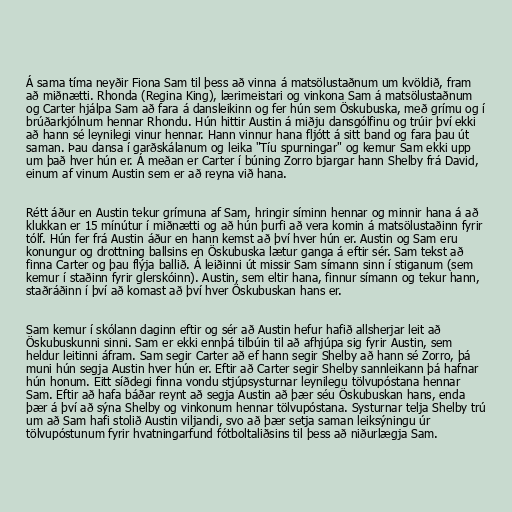
Á sama tíma neyðir Fiona Sam til þess að vinna á matsölustaðnum um kvöldið, fram
að miðnætti. Rhonda (Regina King), lærimeistari og vinkona Sam á matsölustaðnum
og Carter hjálpa Sam að fara á dansleikinn og fer hún sem Öskubuska, með grímu og í
brúðarkjólnum hennar Rhondu. Hún hittir Austin á miðju dansgólfinu og trúir því ekki
að hann sé leynilegi vinur hennar. Hann vinnur hana fljótt á sitt band og fara þau út
saman. Þau dansa í garðskálanum og leika "Tíu spurningar" og kemur Sam ekki upp
um það hver hún er. Á meðan er Carter í búning Zorro bjargar hann Shelby frá David,
einum af vinum Austin sem er að reyna við hana.

Rétt áður en Austin tekur grímuna af Sam, hringir síminn hennar og minnir hana á að
klukkan er 15 mínútur í miðnætti og að hún þurfi að vera komin á matsölustaðinn fyrir
tólf. Hún fer frá Austin áður en hann kemst að því hver hún er. Austin og Sam eru
konungur og drottning ballsins en Öskubuska lætur ganga á eftir sér. Sam tekst að
finna Carter og þau flýja ballið. Á leiðinni út missir Sam símann sinn í stiganum (sem
kemur í staðinn fyrir glerskóinn). Austin, sem eltir hana, finnur símann og tekur hann,
staðráðinn í því að komast að því hver Öskubuskan hans er.

Sam kemur í skólann daginn eftir og sér að Austin hefur hafið allsherjar leit að
Öskubuskunni sinni. Sam er ekki ennþá tilbúin til að afhjúpa sig fyrir Austin, sem
heldur leitinni áfram. Sam segir Carter að ef hann segir Shelby að hann sé Zorro, þá
muni hún segja Austin hver hún er. Eftir að Carter segir Shelby sannleikann þá hafnar
hún honum. Eitt síðdegi finna vondu stjúpsysturnar leynilegu tölvupóstana hennar
Sam. Eftir að hafa báðar reynt að segja Austin að þær séu Öskubuskan hans, enda
þær á því að sýna Shelby og vinkonum hennar tölvupóstana. Systurnar telja Shelby trú
um að Sam hafi stolið Austin viljandi, svo að þær setja saman leiksýningu úr
tölvupóstunum fyrir hvatningarfund fótboltaliðsins til þess að niðurlægja Sam.